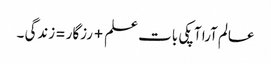
عالم آرا آپکی بات علم+رزگار =زندگی ۔